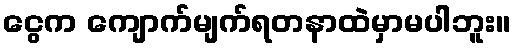
ငွေက ကျောက်မျက်ရတနာထဲမှာမပါဘူး။